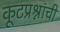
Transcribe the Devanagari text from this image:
कूटप्रश्नांची